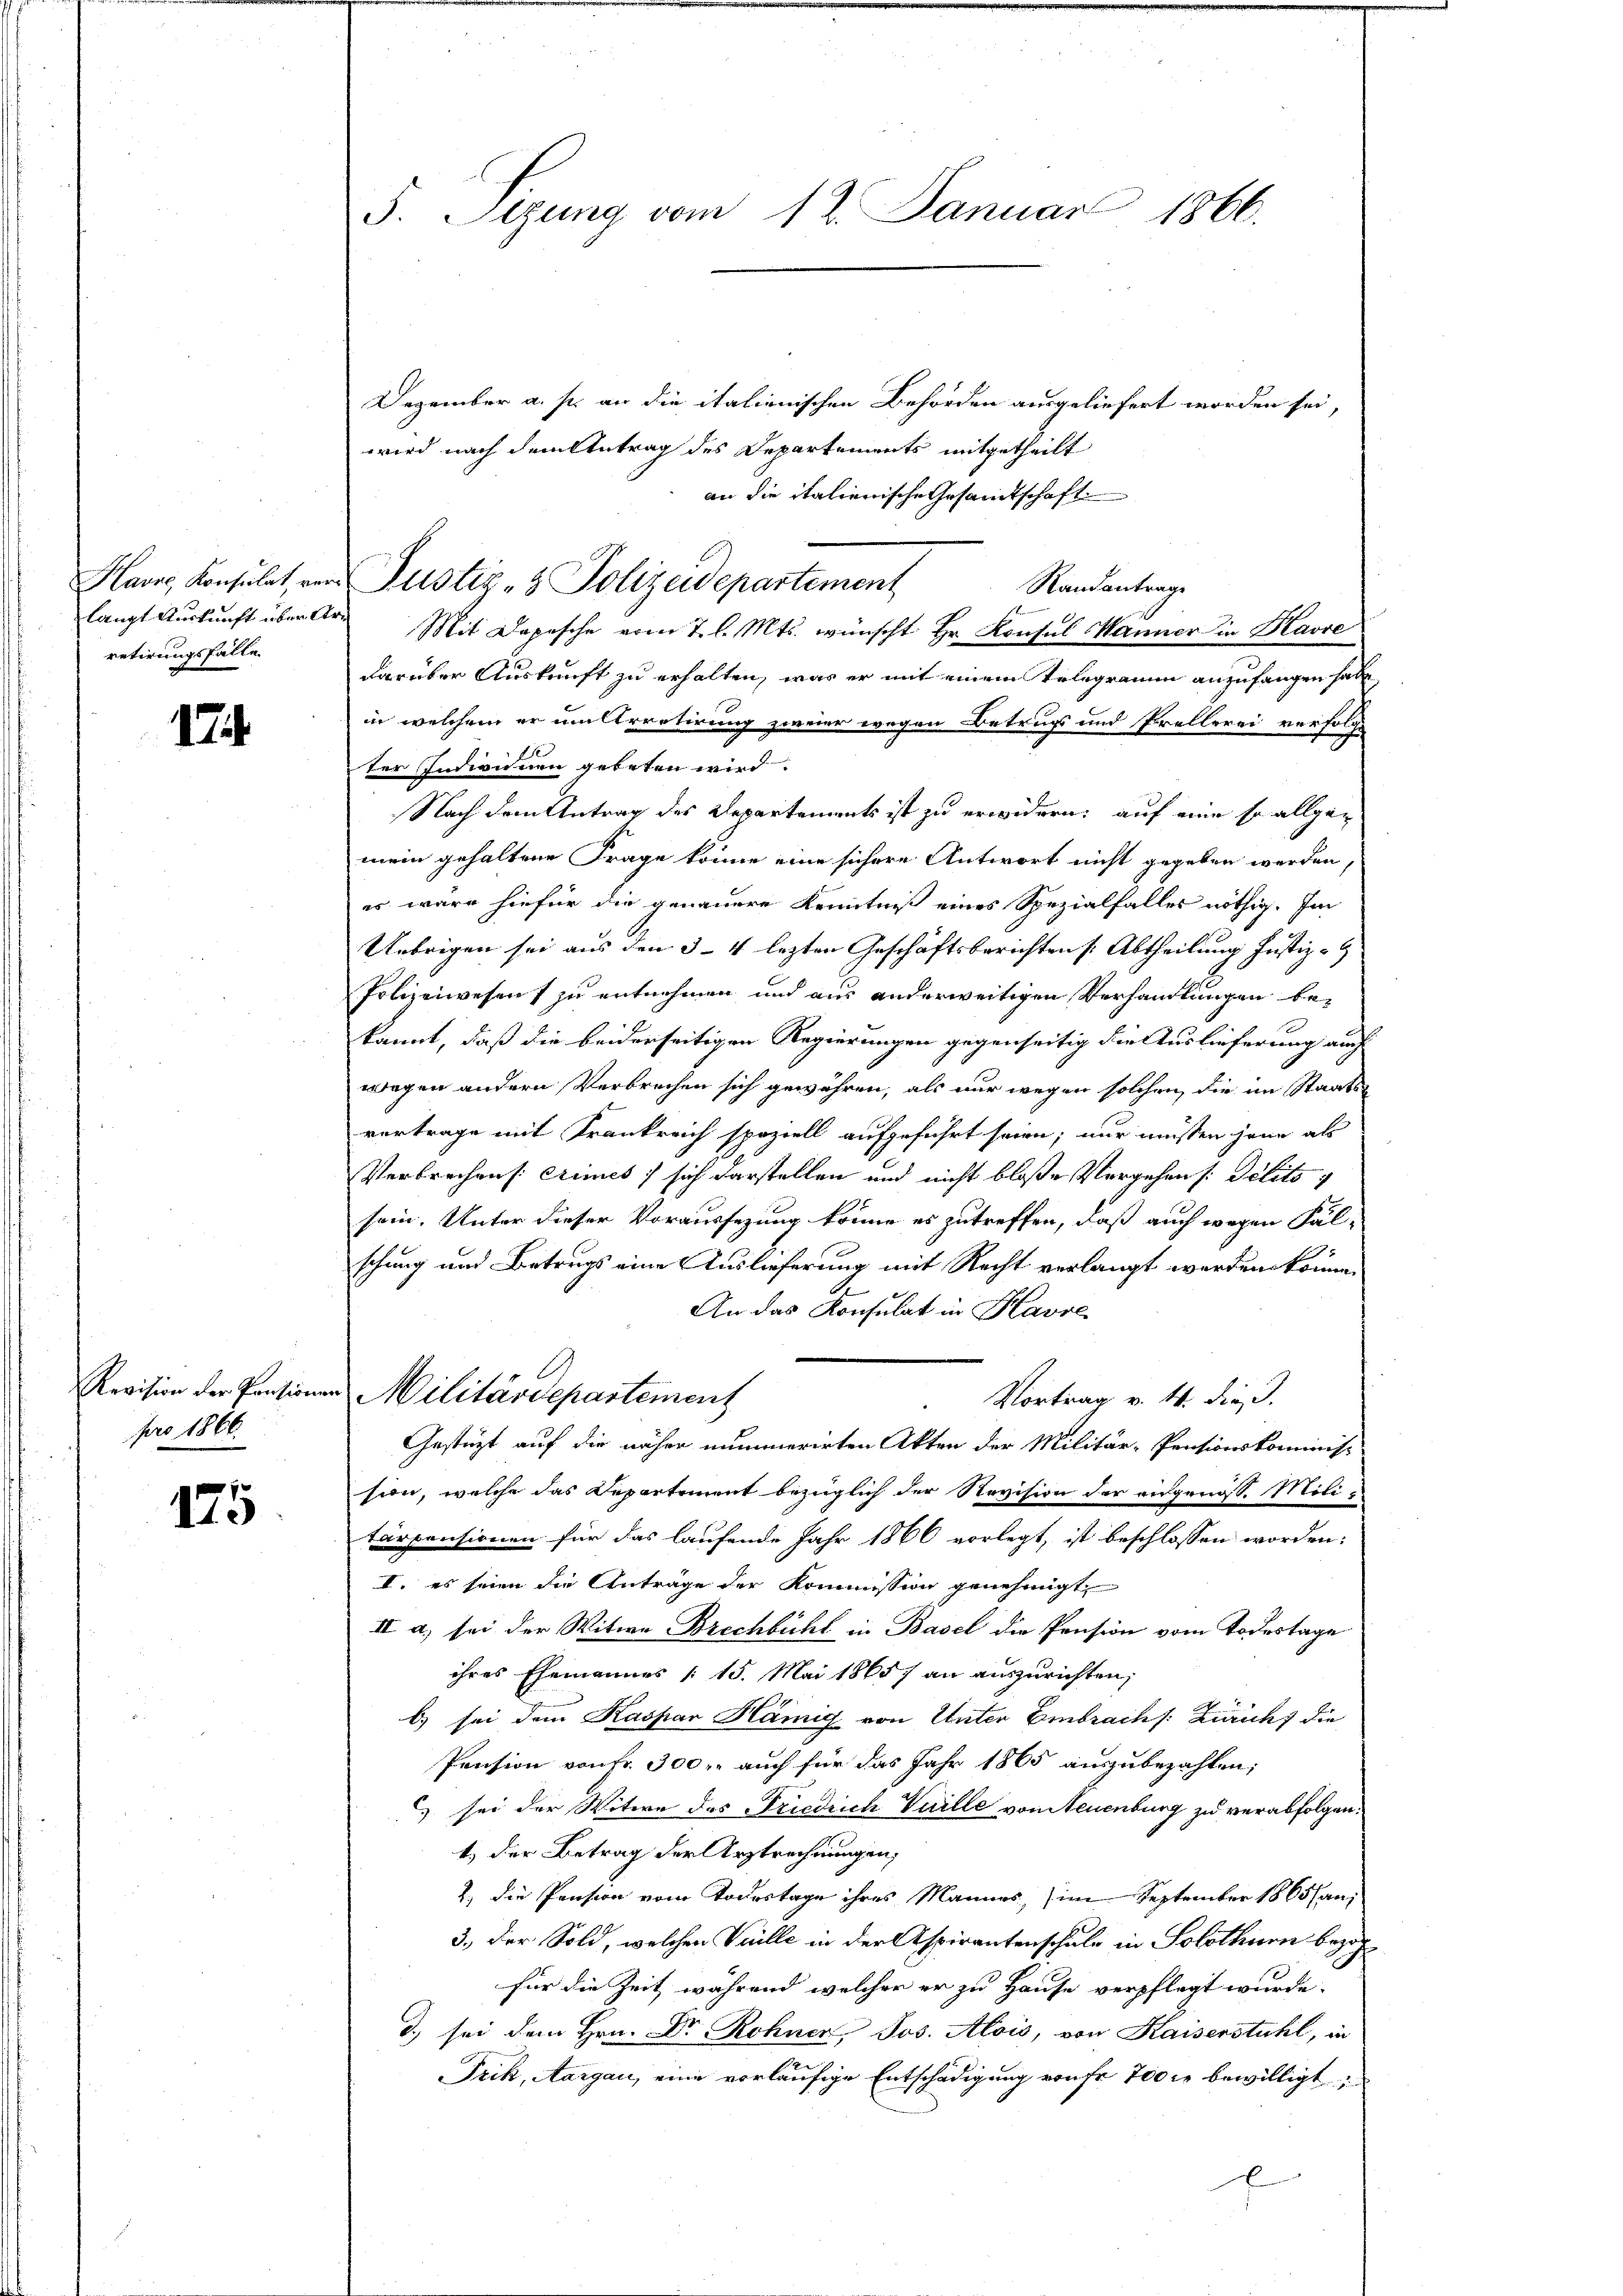
Havre, Konsulat, ver
langt Auskunft überle
retirungsfalle

17.

Revision der Pensione
pro 1866.

175

5. Sizung vom 12. Januar 1866.

Dezember a. s. an die italienischen Behörden ausgeliefert worden sei,
wird nach dem Antrag des Departements mitgetheilt
an die italienische Gesandtschaft
Randantrage
 Mit Depesche vom 7. l. Mts. wünscht Hr. Konsul Manner in Havre
darüber Auskunft zu erhalten, was er mit einem Telegramm anzufangen habe
in welchem er im Arretirung zweier wegen Betrugs und Prellerei verfolgt
ter Indivinen gebeten wird.
Nach dem Antrag des Departements ist zu erwidern; auf eine so allgemein gehaltene Frage könne eine sichere Antwort nicht gegeben werden,
es wäre hiefür die genauere Kenntniß eines Spezialfalles nöthig. Im
Uebrigen sei aus den 3-4 lezten Geschäftsberichten Abtheilung Justiz-
Polizeiwesen zu entnehmen und aus anderweitigen Verhandlungen bekannt, daß die beiderseitigen Regierungen gegenseitig die Auslieferung auch
wegen andern Verbrechen sich gewähren, als nur wegen solchen die im Staats-
vertrage mit Krankreich speziell aufgeführt seien; nur müssen jene als
Verbrechen Crimes, sich darstellen und nicht bloße Vergehen s délito
sein. Unter dieser Voraussezung könne es zutreffen, daß auch wegen Fälschung und Betrugs eine Auslieferung mit Recht verlangt werden könne.
An das Konsulat in Havre
"Militärdepartement
Vortrag v. 4. die
Gestüzt auf die näher nummerirten Akten der Militär-Pensionskommiss
sion, welche das Departement bezüglich der Revision der angenoss. Militärpensionen für das laufende Jahr 1866 vorlegt, ist beschlossen worden:
II. es seien die Antrage der Kommission genehmigt
II a, sei der Witwe Brechbühl in Basel die Pension vom Todestage
ihres Ehemannes (15. Mai 1865 an auszurichten,
b) sei dem Kaspar Hämig von Unter Embrachs: Züricht die
Pension von Fr. 300. auch für das Jahr 1865 auszubezahlen;
 sei der Witwe des Friedrich Vuille von Neuenburg zu verabfolgen:
t) der Betrag der Arztrechnungen;
2.) Die Pension vom Todestage ihres Mannes, im September 1865 han,
3.) Der Sold, welchen Vielle in der Aspirantenschule in Solothurn bezahfür die Zeit während welcher er zu Hause verpflegt wurde.
d.) sei dem Hrn. Dr Rohner, Jos. Alois, von Kaiserstuhl, in
Frik, Aargau, eine vorläufige Entschädigung von fr. 700 fr bewilligt,

Justiz- & Polizeidepartement